Report of the Indian Hemp Drugs Commission, 1894-1895 - Volume VII
Year: 1894
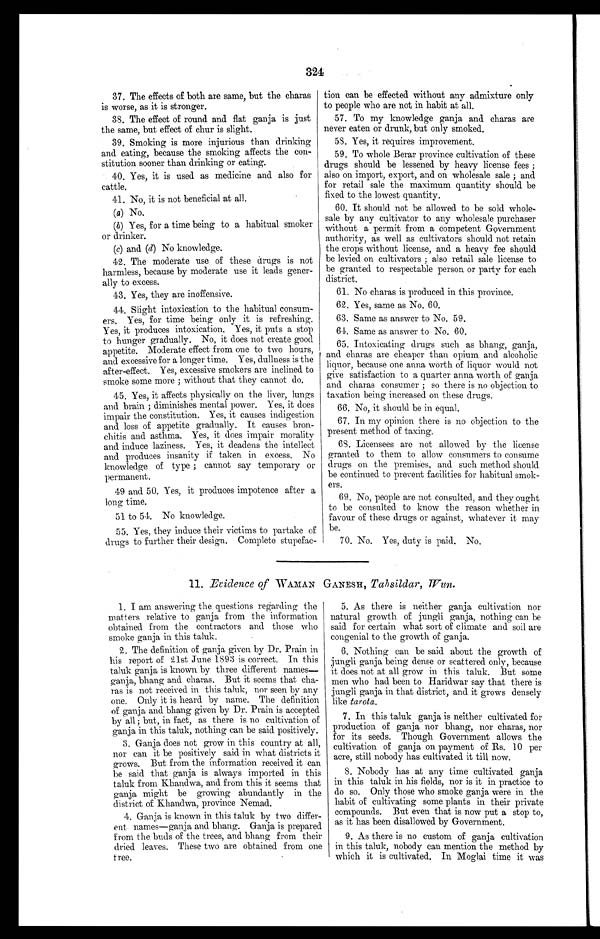
324
37. The effects of both are same, but the charas
is worse, as it is stronger.
38. The effect of round and flat ganja is just
the same, but effect of chur is slight.
39. Smoking is more injurious than drinking
and eating, because the smoking affects the con-
stitution sooner than drinking or eating.
40. Yes, it is used as medicine and. also for
cattle.
41. No, it is not beneficial at all.
(a) No.
(b) Yes, for a time being to a habitual smoker
or drinker.
(c) and (d) No knowledge.
42. The moderate use of these drugs is not
harmless, because by moderate use it leads gener-
ally to excess.
43. Yes, they are inoffensive.
44. Slight intoxication to the habitual consum-
ers. Yes, for time being only it is refreshing.
Yes, it produces intoxication. Yes, it puts a stop
to hunger gradually. No, it does not create good
appetite. Moderate effect from one to two hours,
and excessive for a longer time. Yes, dullness is the
after-effect. Yes, excessive smokers are inclined to
smoke some more ; without that they cannot do.
45. Yes, it affects physically on the liver, lungs
and brain ; diminishes mental power. Yes, it does
impair the constitution. Yes, it causes indigestion
and loss of appetite gradually. It causes bron-
chitis and asthma. Yes, it does impair morality
and induce laziness. Yes, it deadens the intellect
and produces insanity if taken in excess. No
knowledge of type ; cannot say temporary or
permanent.
49 and 50. Yes, it produces impotence after a
long time.
51 to 51. No knowledge.
55. Yes, they induce their victims to partake of
drugs to further their design. Complete stupefac-
tion can be effected without any admixture only
to people who are not in habit at all.
57. To my knowledge ganja and charas are
never eaten or drunk, but only smoked.
58. Yes, it requires improvement.
59. To whole Berar province cultivation of these
drugs should be lessened by heavy license fees ;
also on import, export, and on wholesale sale ; and
for retail sale the maximum quantity should be
fixed to the lowest quantity.
60. It should not be allowed to be sold whole-
sale by any cultivator to any wholesale purchaser
without a permit from a competent Government
authority, as well as cultivators should not retain
the crops without license, and a heavy fee should
be levied on cultivators ; also retail sale license to
be granted to respectable person or party for each
district.
61. No charas is produced in this province.
62. Yes, same as No. 60.
63. Same as answer to No. 59.
61. Same as answer to No. 60.
65. Intoxicating drugs such as bhang, ganja,
and charas are cheaper than opium and alcoholic
liquor, because one anna worth of liquor would not
give satisfaction to a quarter anna worth of ganja
and charas consumer ; so there is no objection to
taxation being increased on these drugs.
66. No, it should be in equal.
67. In my opinion there is no objection to the
present method of taxing.
68. Licensees are not allowed by the license
granted to them to allow consumers to consume
drugs on the premises, and such method should
be continued to prevent facilities for habitual smok-
ers.
69. No, people are not consulted, and they ought
to be consulted to know the reason whether in
favour of these drugs or against, whatever it may
be.
70. No. Yes, duty is paid. No.
11. Evidence of WAMAN GANESH, Tahsildar, Wun.
1. I am answering the questions regarding the
matters relative to ganja from the information
obtained from the contractors and. those who
smoke ganja in this taluk.
2. The definition of ganja given by Dr. Prain in
his report of 21st June 1893 is correct. In this
taluk ganja is known by three different names
—ganja, bhang and charas. But it seems that cha-
ras is not received in this taluk, nor seen by any
one. Only it is heard by name. The definition
of ganja and bhang given by Dr. Prain is accepted
by all; but, in fact, as there is no cultivation of
ganja in this taluk, nothing can be said positively.
3. Ganja does not grow in this country at all,
nor can it be positively said in what districts it
grows. But from the information received it can
be said that ganja is always imported in this
taluk from Khandwa, and from this it seems that
ganja might be growing abundantly in the
district of Khandwa, province Nemad.
4. Ganja is known in this taluk by two differ-
ent names-ganja and bhang. Ganja is prepared
from the buds of the trees, and bhang from their
dried leaves. These two are obtained from one
tree.
5. As there is neither ganja cultivation nor
natural growth of jungli ganja, nothing can be
said for certain what sort of climate and soil are
congenial to the growth of ganja.
6. Nothing can be said about the growth of
jungli ganja being dense or scattered only, because
it does not at all grow in this taluk. But some
men who had been to Haridwar say that there is
jungli ganja in that district, and it grows densely
like tarota.
7. In this taluk ganja is neither cultivated for
production of ganja nor bhang, nor chains, nor
for its seeds. Though Government allows the
cultivation of ganja on payment of Rs. 10 per
acre, still nobody has cultivated. it till now.
8. Nobody has at any time cultivated ganja
in this taluk in his fields, nor is it in practice to
do so. Only those who smoke ganja were in the
habit of cultivating some plants in their private
compounds. But even that is now put a stop to,
as it has been disallowed by Government.
9. As there is no custom of ganja cultivation
in this taluk, nobody can mention the method by
which it is cultivated. In Moglai time it was